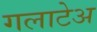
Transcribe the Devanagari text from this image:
गलाटेअ